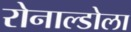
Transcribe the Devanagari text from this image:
रोनाल्डोला